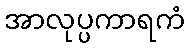
အာလုပ္ပကာရကံ